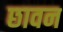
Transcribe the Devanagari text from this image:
छावन